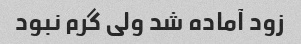
زود آماده شد ولی گرم نبود